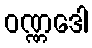
ဝဏ္ဏဒေါ